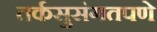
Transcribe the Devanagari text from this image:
तर्कसुसंगतपणे